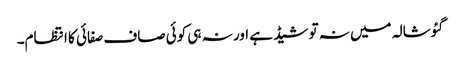
گئوشالہ میں نہ تو شیڈ ہے اور نہ ہی کوئی صاف صفائی کا انتظام۔